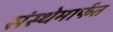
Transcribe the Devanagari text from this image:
संस्‍थेमार्फत